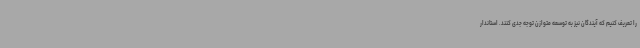
را تعریف کنیم که آیندگان نیز به توسعه متوازن توجه جدی کنند. استاندار